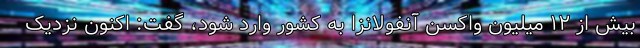
بیش از ۱۲ میلیون واکسن آنفولانزا به کشور وارد شود، گفت: اکنون نزدیک